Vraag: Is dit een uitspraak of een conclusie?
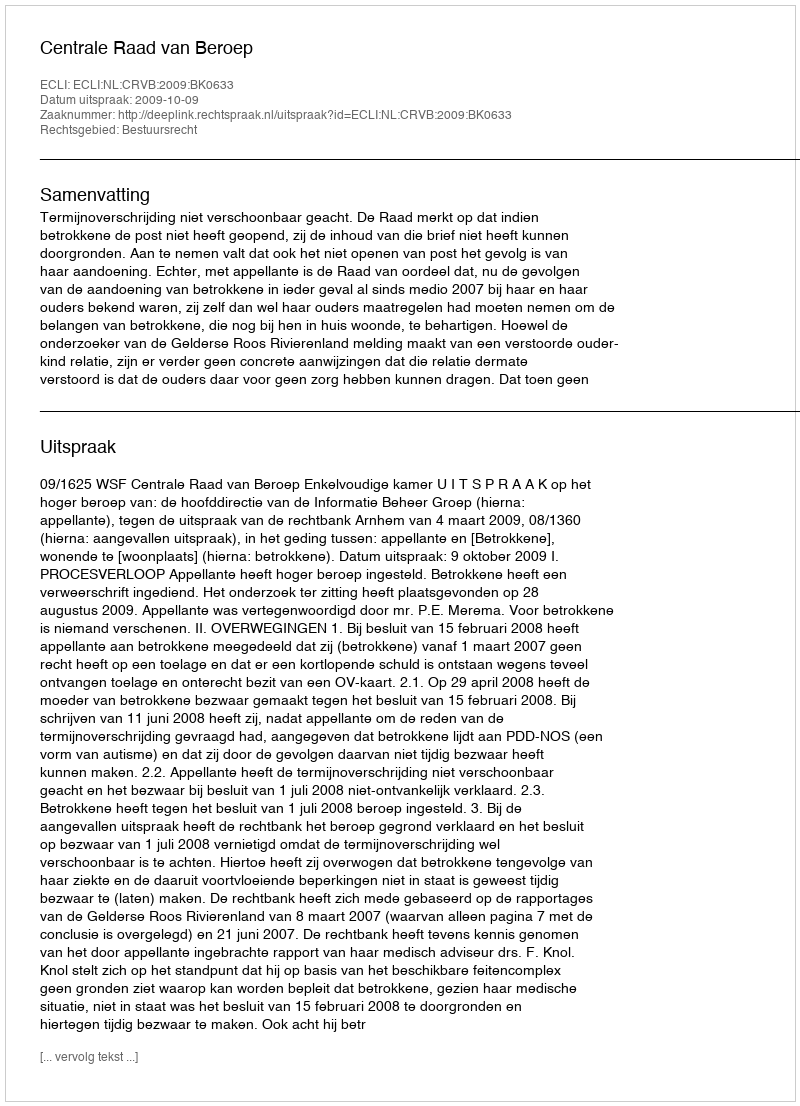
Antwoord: Uitspraak